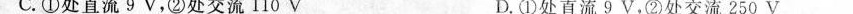
C.①处直流9 V，②处交流110 V D.①处直流9 V，②处交流250 V